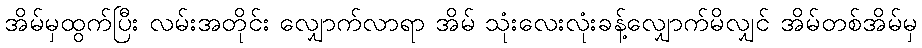
အိမ်မှထွက်ပြီး လမ်းအတိုင်း လျှောက်လာရာ အိမ် သုံးလေးလုံးခန့်လျှောက်မိလျှင် အိမ်တစ်အိမ်မှ